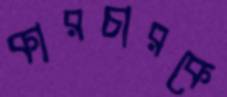
কারচারকে